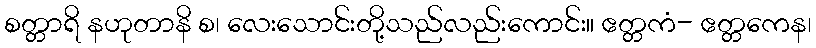
စတ္တာရိ နဟုတာနိ စ၊ လေးသောင်းတို့သည်လည်းကောင်း။ ဧတ္တကံ- ဧတ္တကေန၊